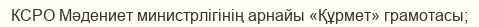
КСРО Мәдениет министрлігінің арнайы «Құрмет» грамотасы;